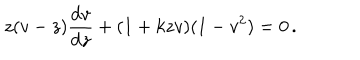
LaTeX: z ( v - z ) { \frac { \mathrm { d } v } { \mathrm { d } z } } + ( 1 + k z v ) ( 1 - v ^ { 2 } ) = 0 \, .